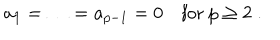
LaTeX: a _ { 1 } = \ldots = a _ { p - 1 } = 0 \quad \mathrm { f o r } \ p \geq 2 \; .